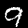
Label: 9